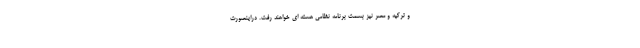
و ترکیه و مصر نیز بسمت برنامه نظامی هسته ای خواهند رفت. دراینصورت